Riigikantselei, lk 51
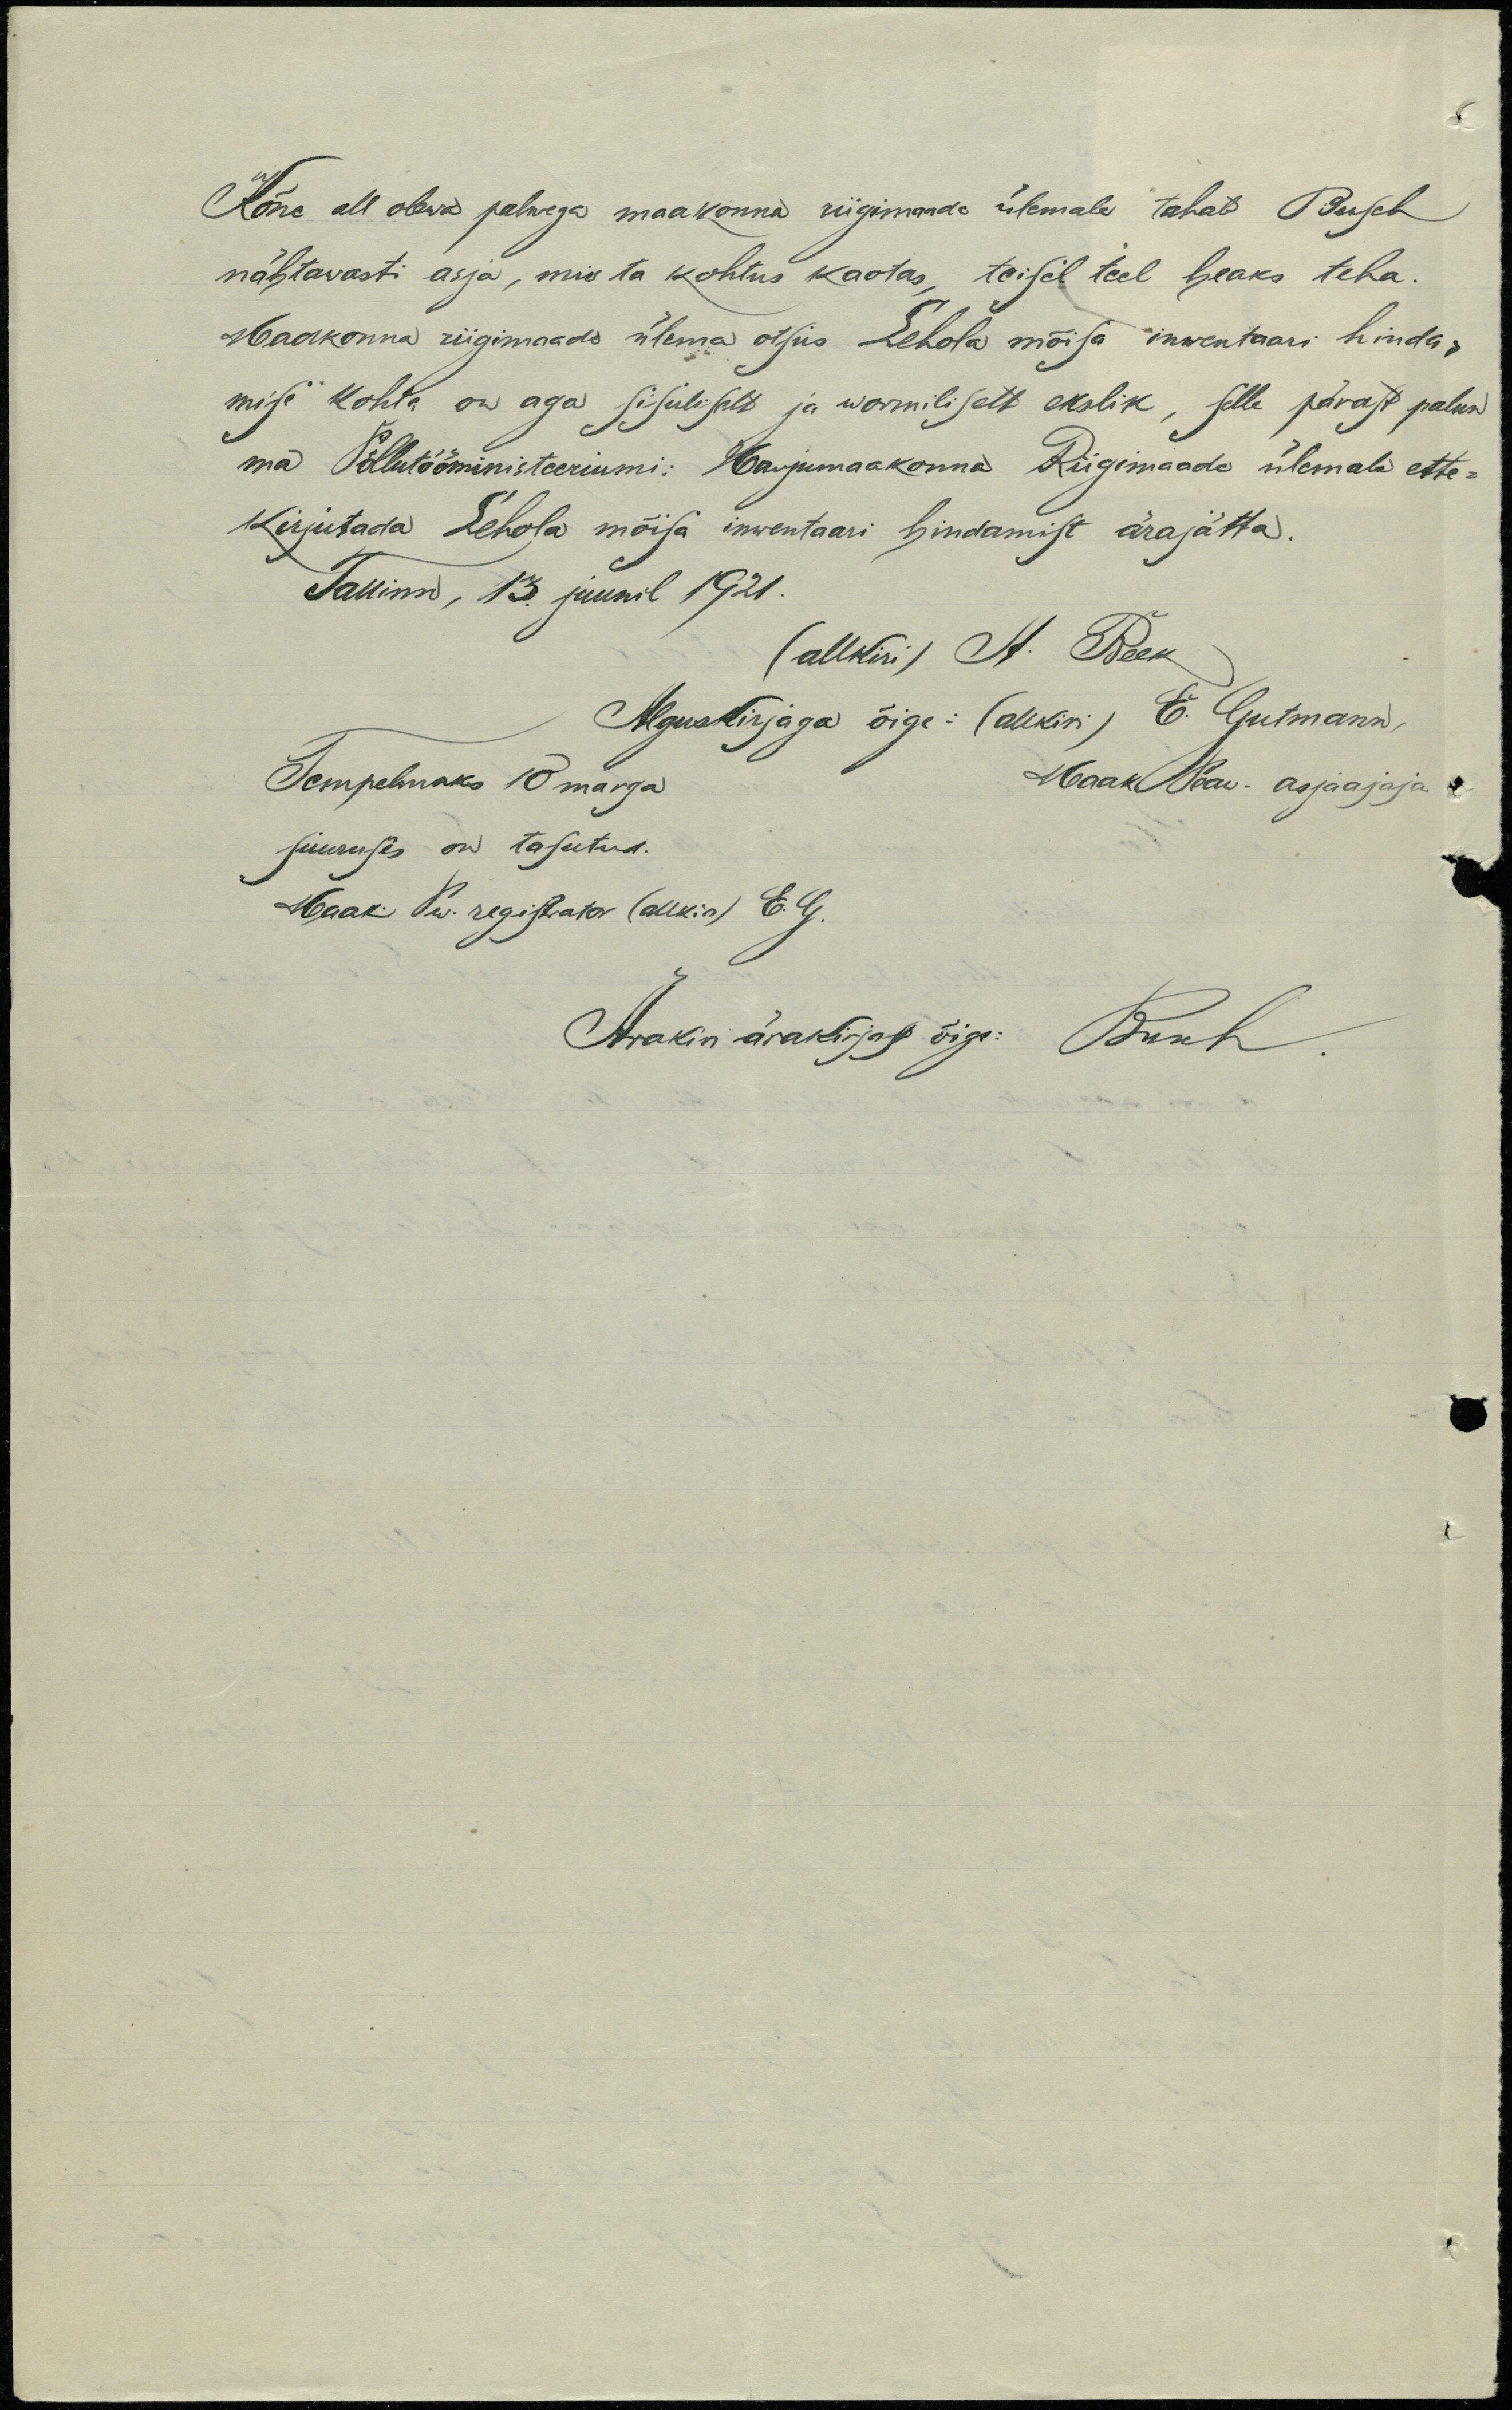
Kõne all olewa palwega maakonna riigimaade ülemale tahab Busch
nähtawasti asja, mis ta kohtus kaotas, teisel teel heaks teha.
Maakonna riigimaade ülema otsus Lehola mõisa inwentaari hinda-
mise kohta on aga sisuliselt ja wormiliselt ekslik, selle pärast palun
ma Põllutööministeeriumi: Harjumaakonna Riigimaade ülemale ette-
kirjutada Lehola mõisa inwentaari hindamist ärajätta.
Tallinn, 13. juunil 1921.
(allkiri) A. Beek
Alguskirjaga õige: (allkiri) E. Gutmann,
Tempelmaks 10 marga
Maak. Peaw. asjaajaja.
suuruses on tasutud.
Maak. Pw. registator (allkiri) E. G.
Ärakiri ärakirjast õige: Busch